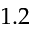
1 . 2